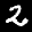
Label: 2